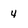
Character: 4